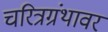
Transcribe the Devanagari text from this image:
चरित्रग्रंथावर